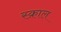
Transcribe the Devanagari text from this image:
स्क्राल